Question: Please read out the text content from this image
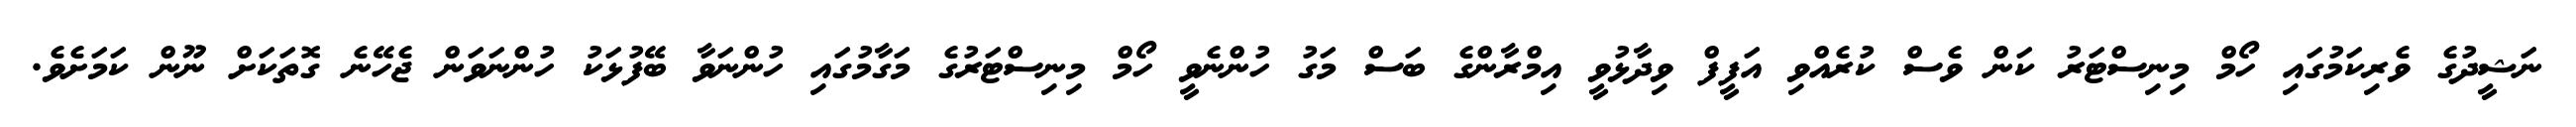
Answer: ނަޝީދުގެ ވެރިކަމުގައި ހޯމް މިނިސްޓަރު ކަން ވެސް ކުރެއްވި އަފީފް ވިދާޅުވީ އިމްރާންގެ ބަސް މަގު ހުންނެވީ ހޯމް މިނިސްޓަރުގެ މަގާމުގައި ހުންނަވާ ބޭފުޅަކު ހުންނަވަން ޖެހޭނެ ގޮތަކަށް ނޫން ކަމަށެވެ.